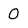
Character: 0